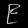
Digit: ၉